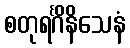
စတုရင်္ဂိနိသေနံ